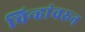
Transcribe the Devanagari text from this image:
चिन्हांवरुन